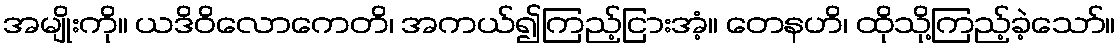
အမျိုးကို။ ယဒိဝိလောကေတိ၊ အကယ်၍ကြည့်ငြားအံ့။ တေနဟိ၊ ထိုသို့ကြည့်ခဲ့သော်။